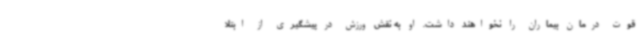
قوت درمان بیماران را نخواهند داشت. او به نقش ورزش در پیشگیری از ابتلا